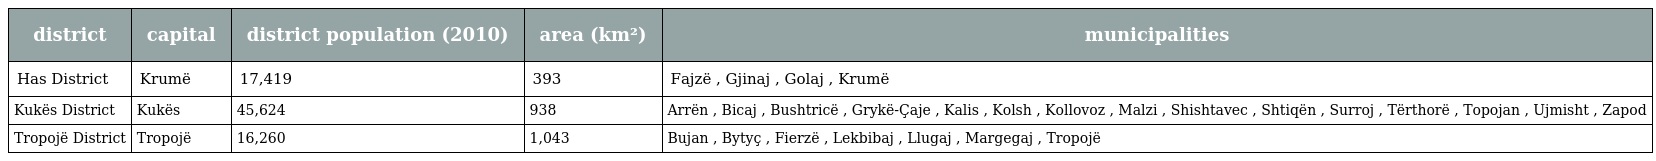
| district | capital | district population (2010) | area (km²) | municipalities |
 | --- | --- | --- | --- | --- |
 | Has District | Krumë | 17,419 | 393 | Fajzë , Gjinaj , Golaj , Krumë |
 | Kukës District | Kukës | 45,624 | 938 | Arrën , Bicaj , Bushtricë , Grykë-Çaje , Kalis , Kolsh , Kollovoz , Malzi , Shishtavec , Shtiqën , Surroj , Tërthorë , Topojan , Ujmisht , Zapod |
 | Tropojë District | Tropojë | 16,260 | 1,043 | Bujan , Bytyç , Fierzë , Lekbibaj , Llugaj , Margegaj , Tropojë |